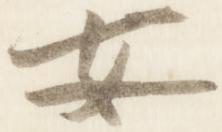
安